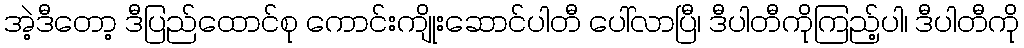
အဲ့ဒီတော့ ဒီပြည်ထောင်စု ကောင်းကျိုးဆောင်ပါတီ ပေါ်လာပြီ၊ ဒီပါတီကိုကြည့်ပါ၊ ဒီပါတီကို